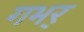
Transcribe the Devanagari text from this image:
गभर्